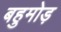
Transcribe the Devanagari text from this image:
बहुमोड़